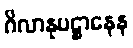
ဂိလာနုပဋ္ဌာနေန